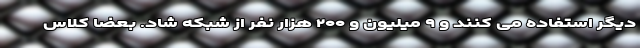
دیگر استفاده می کنند و ۹ میلیون و ۲۰۰ هزار نفر از شبکه شاد. بعضا کلاس